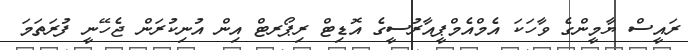
ރައީސް ޔާމީންގެ ވާހަކަ އެމްއެމްޕީއާރުސީގެ އޮޑިޓް ރިޕޯރޓް އިން އުނިކުރަން ޖެހޭނީ ފުރަތަމަ